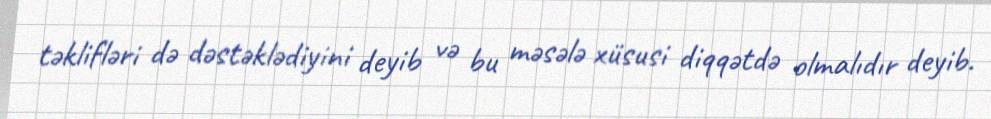
təklifləri də dəstəklədiyini deyib və bu məsələ xüsusi diqqətdə olmalıdır deyib.